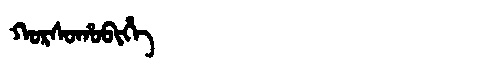
Manchu: ᡴᠣᡵᠰᠣᡥᠣᠪᡳᡥᡝ
Romanization: KORSOHOBIHE